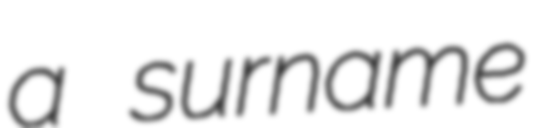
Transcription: a surname